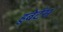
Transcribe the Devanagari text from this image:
हुबेर्टस